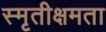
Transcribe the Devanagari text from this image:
स्मृतीक्षमता